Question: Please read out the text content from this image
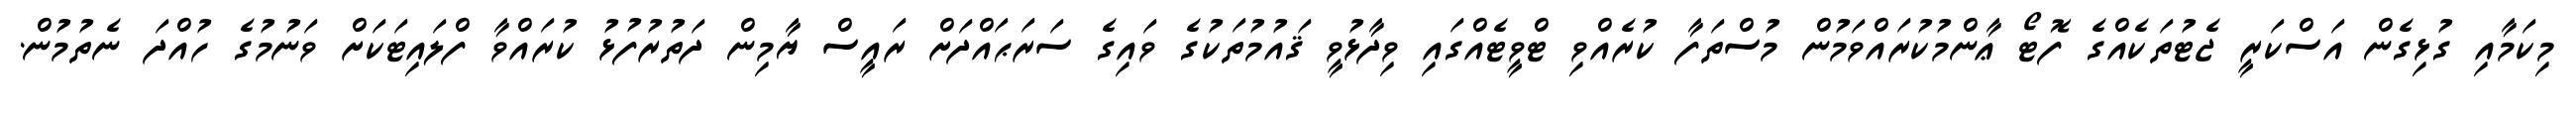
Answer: މިކަމާއި ގުޅިގެން އަސްކަރީ ޖެޓުތަކެއްގެ ފޮޓޯ ޢާންމުކުރައްވަމުން މުސްތަފާ ކުރެއްވި ޓްވީޓެއްގައި ވިދާޅުވީ ޤައުމުތަކުގެ ވައިގެ ސަރަޙައްދަށް ރައީސް ޔާމިން ދަތުރުފުޅު ކުރައްވާ ފްލައިޓަކަށް ވަނުމުގެ ހުއްދަ ނެތުމުން.